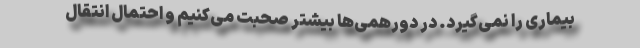
بیماری را نمی‌گیرد. در دورهمی‌ها بیشتر صحبت می‌کنیم و احتمال انتقال